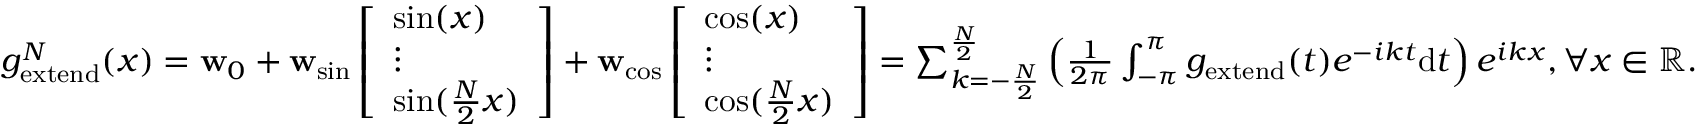
\begin{array} { r } { g _ { \mathrm { e x t e n d } } ^ { N } ( x ) = \mathbf { w } _ { 0 } + \mathbf { w } _ { \mathrm { s i n } } \left[ \begin{array} { l } { \sin ( x ) } \\ { \vdots } \\ { \sin ( \frac { N } { 2 } x ) } \end{array} \right] + \mathbf { w } _ { \mathrm { c o s } } \left[ \begin{array} { l } { \cos ( x ) } \\ { \vdots } \\ { \cos ( \frac { N } { 2 } x ) } \end{array} \right] = \sum _ { k = - \frac { N } { 2 } } ^ { \frac { N } { 2 } } \left( \frac { 1 } { 2 \pi } \int _ { - \pi } ^ { \pi } g _ { \mathrm { e x t e n d } } ( t ) e ^ { - i k { t } } \mathrm { d } { { t } } \right) e ^ { i { k } { x } } , \forall x \in \mathbb { R } . } \end{array}